Scottish Leaving Certificate Examination, 1958
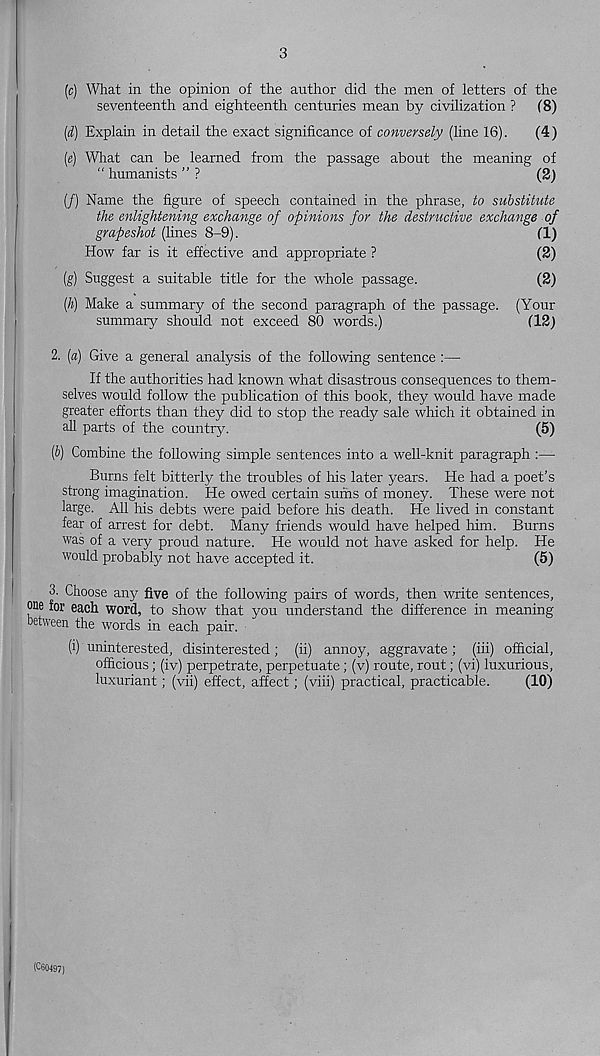
3
(c) What in the opinion of the author did the men of letters of the
seventeenth and eighteenth centuries mean by civilization ? f8)
(d) Explain in detail the exact significance of conversely (line 16). (4)
(e) What can be learned from the passage about the meaning of
“ humanists ” ?
(2)
(/) Name the figure of speech contained in the phrase, to substitute
the enlightening exchange of opinions for the destructive exchange of
gmpeshot (lines 8-9).
fl)
How far is it effective and appropriate ?
(2)
(g) Suggest a suitable title for the whole passage.
(2)
(h) Make a summary of the second paragraph of the passage. (Your
summary should not exceed 80 words.)
(12)
2. [a) Give a general analysis of the following sentence :—
If the authorities had known what disastrous consequences to them-
selves would follow the publication of this book, they would have made
greater efforts than they did to stop the ready sale which it obtained in
all parts of the country.
(5)
(6) Combine the following simple sentences into a well-knit paragraph:—
Burns felt bitterly the troubles of his later years. He had a poet’s
strong imagination. He owed certain sums of money. These were not
large. All his debts were paid before his death. He lived in constant
fear of arrest for debt. Many friends would have helped him. Burns
was of a very proud nature. He would not have asked for help. He
would probably not have accepted it.
(5)
3. Choose any five of the following pairs of words, then write sentences,
one for each word, to show that you understand the difference in meaning
between the words in each pair.
(i) uninterested, disinterested; (ii) annoy, aggravate; (iii) official,
officious; (iv) perpetrate, perpetuate; (v) route, rout; (vi) luxurious,
luxuriant; (vii) effect, affect; (viii) practical, practicable.
(10)
(C60497)